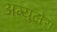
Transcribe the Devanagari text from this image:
अग्युलेरा